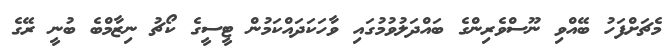
މެޗަށްފަހު ބޭއްވި ނޫސްވެރިންގެ ބައްދަލުވުމުގައި ވާހަކަދައްކަމުން ޓީސީގެ ކޯޗު ނިޒާމްބެ ބުނީ ރޭގެ